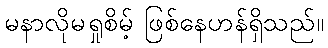
မနာလိုမရှုစိမ့် ဖြစ်နေဟန်ရှိသည်။